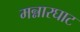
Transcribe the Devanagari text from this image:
मन्नारघाट